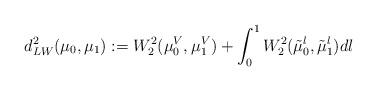
LaTeX: \begin{align*}d^2_{LW}(\mu_0,\mu_1) :=W_2^2(\mu_0^V,\mu_1^V)+ \int_0^1W_2^2(\tilde \mu_0^l,\tilde \mu_1^l)dl\end{align*}